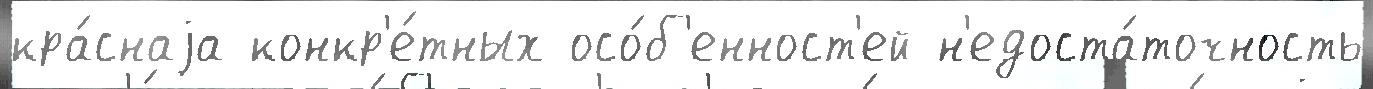
кра́снаjа конкр'е́тных осо́б'енност'ей н'едоста́точность